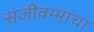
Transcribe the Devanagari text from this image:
संजीवम्मांचा